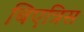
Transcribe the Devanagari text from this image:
बिएत्रिस